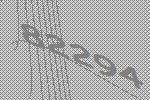
82294